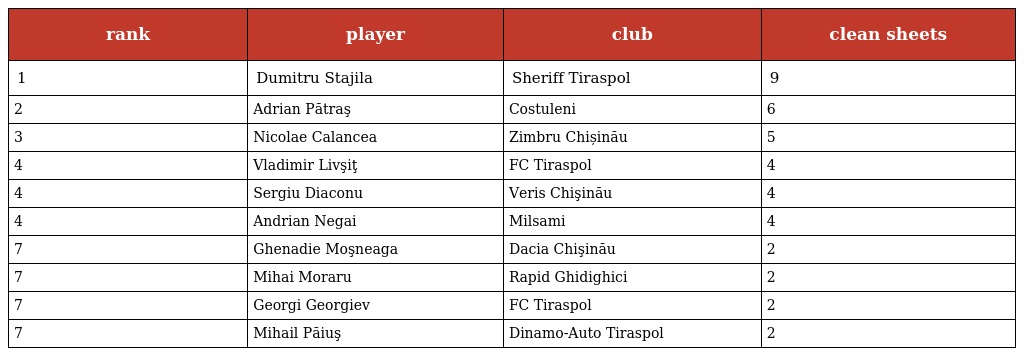
| rank | player | club | clean sheets |
 | --- | --- | --- | --- |
 | 1 | Dumitru Stajila | Sheriff Tiraspol | 9 |
 | 2 | Adrian Pătraş | Costuleni | 6 |
 | 3 | Nicolae Calancea | Zimbru Chișinău | 5 |
 | 4 | Vladimir Livşiţ | FC Tiraspol | 4 |
 | 4 | Sergiu Diaconu | Veris Chişinău | 4 |
 | 4 | Andrian Negai | Milsami | 4 |
 | 7 | Ghenadie Moşneaga | Dacia Chişinău | 2 |
 | 7 | Mihai Moraru | Rapid Ghidighici | 2 |
 | 7 | Georgi Georgiev | FC Tiraspol | 2 |
 | 7 | Mihail Păiuş | Dinamo-Auto Tiraspol | 2 |